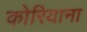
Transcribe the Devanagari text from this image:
कोरियाना